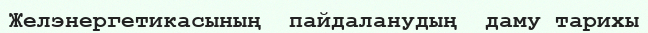
Желэнергетикасының  пайдаланудың  даму тарихы